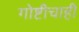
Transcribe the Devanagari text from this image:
गोष्टीचाही